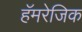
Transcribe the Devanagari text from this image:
हॅमरेजिक